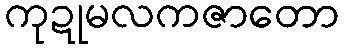
ကုဍုမလကဇာတော